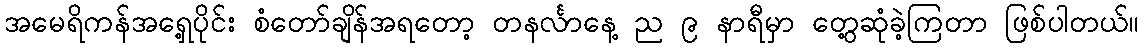
အမေရိကန်အရှေ့ပိုင်း စံတော်ချိန်အရတော့ တနင်္လာနေ့ ည ၉ နာရီမှာ တွေ့ဆုံခဲ့ကြတာ ဖြစ်ပါတယ်။